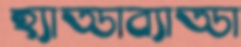
হ্যাড্ডাব্যাড্ডা